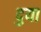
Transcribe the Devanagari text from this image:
दुया